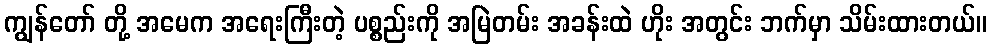
ကျွန်တော် တို့ အမေက အရေးကြီးတဲ့ ပစ္စည်းကို အမြဲတမ်း အခန်းထဲ ဟိုး အတွင်း ဘက်မှာ သိမ်းထားတယ်။